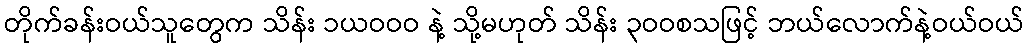
တိုက်ခန်းဝယ်သူတွေက သိန်း ၁ယဝဝဝ နဲ့ သို့မဟုတ် သိန်း ၃ဝဝစသဖြင့် ဘယ်လောက်နဲ့ဝယ်ဝယ်